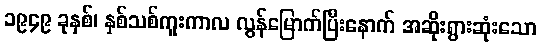
၁၉၄၉ ခုနှစ်၊ နှစ်သစ်ကူးကာလ လွန်မြောက်ပြီးနောက် အဆိုးရွားဆုံးသော